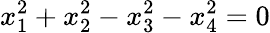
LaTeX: x_{1}^{2}+x_{2}^{2}-x_{3}^{2}-x_{4}^{2}=0